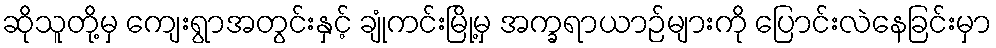
ဆိုသူတို့မှ ကျေးရွာအတွင်းနှင့် ချုံကင်းမြို့မှ အက္ခရာယာဉ်များကို ပြောင်းလဲနေခြင်းမှာ